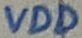
Text: VDD